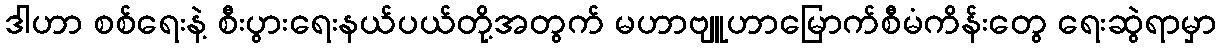
ဒါဟာ စစ်ရေးနဲ့ စီးပွားရေးနယ်ပယ်တို့အတွက် မဟာဗျူဟာမြောက်စီမံကိန်းတွေ ရေးဆွဲရာမှာ